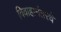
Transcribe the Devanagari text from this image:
विवाहानंतरचे